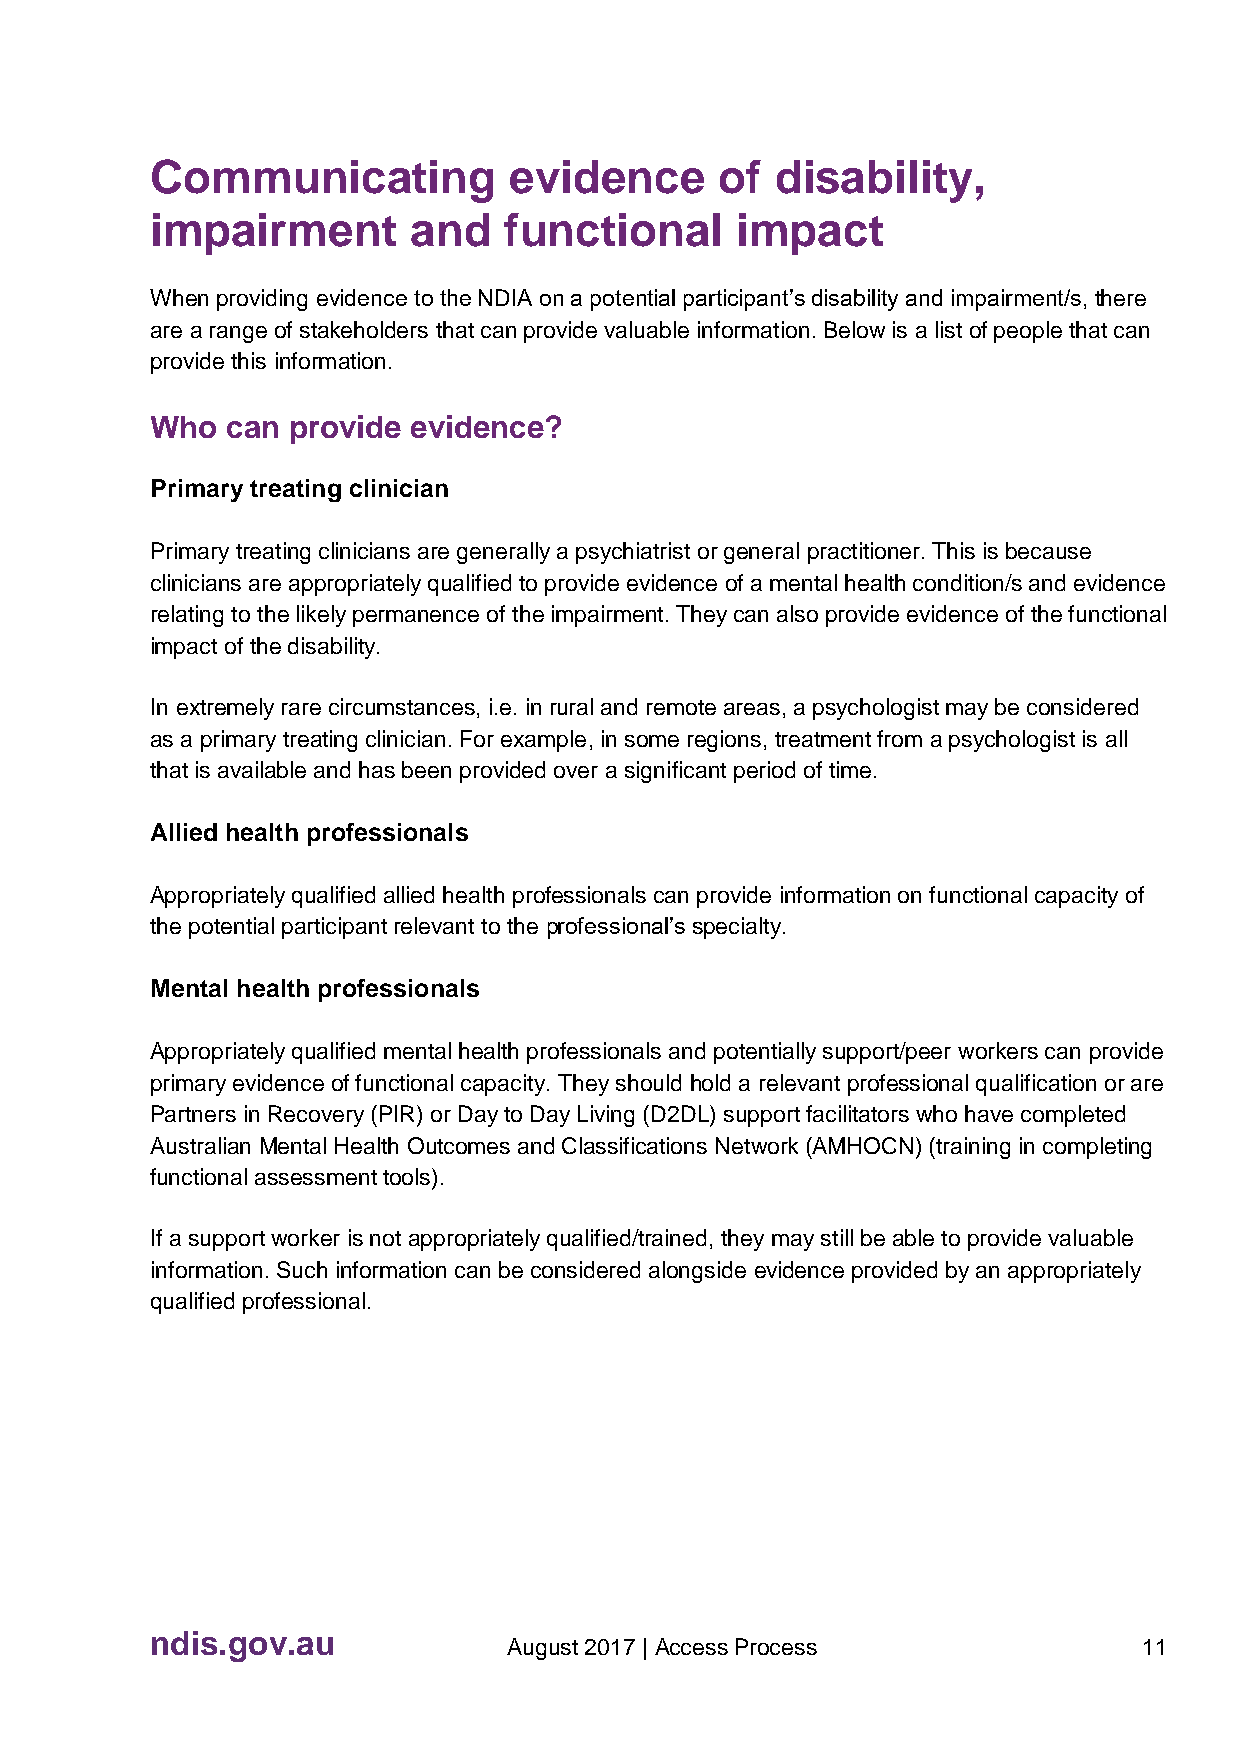
Communicating           evidence      of disability,
 impairment       and   functional      impact
 When providing evidence to the NDIA on a potential participant’s disability and impairment/s, there
 are a range of stakeholders that can provide valuable information. Below is a list of people that can
 provide this information.
 Who  can provide evidence?
 Primary treating clinician
 Primary treating clinicians are generally a psychiatrist or general practitioner. This is because
 clinicians are appropriately qualified to provide evidence of a mental health condition/s and evidence
 relating to the likely permanence of the impairment. They can also provide evidence of the functional
 impact of the disability.
 In extremely rare circumstances, i.e. in rural and remote areas, a psychologist may be considered
 as a primary treating clinician. For example, in some regions, treatment from a psychologist is all
 that is available and has been provided over a significant period of time.
 Allied health professionals
 Appropriately qualified allied health professionals can provide information on functional capacity of
 the potential participant relevant to the professional’s specialty.
 Mental health professionals
 Appropriately qualified mental health professionals and potentially support/peer workers can provide
 primary evidence of functional capacity. They should hold a relevant professional qualification or are
 Partners in Recovery (PIR) or Day to Day Living (D2DL) support facilitators who have completed
 Australian Mental Health Outcomes and Classifications Network (AMHOCN) (training in completing
 functional assessment tools).
 If a support worker is not appropriately qualified/trained, they may still be able to provide valuable
 information. Such information can be considered alongside evidence provided by an appropriately
 qualified professional.
 ndis.gov.au
 August 2017 | Access Process              11